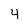
Character: 4